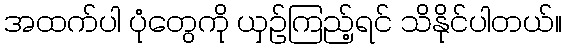
အထက်ပါ ပုံတွေကို ယှဉ်ကြည့်ရင် သိနိုင်ပါတယ်။